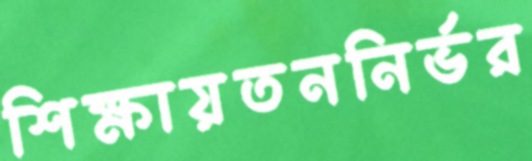
শিক্ষায়তননির্ভর